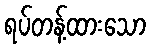
ရပ်တန့်ထားသော